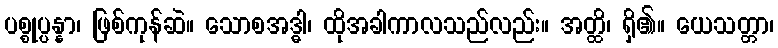
ပစ္စုပ္ပန္နာ၊ ဖြစ်ကုန်ဆဲ။ သောစအဒ္ဓါ၊ ထိုအခါကာလသည်လည်း။ အတ္ထိ၊ ရှိ၏။ ယေသတ္တာ၊